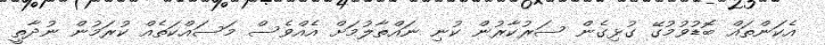
އެކަންތައް ބޮޑުވުމުގޭ ގުޅިގެން ސަރުކާރުން ކުނި ނައްތާލުމަށް އެއްވެސް މަސައްކަތެއް ކުރަމުން ނުދާތީ